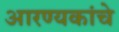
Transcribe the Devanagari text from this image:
आरण्यकांचे